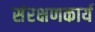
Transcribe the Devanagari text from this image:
संरक्षणकार्य